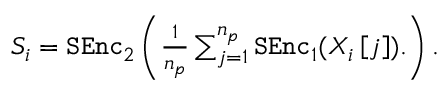
\begin{array} { r } { S _ { i } = \mathtt { S E n c } _ { 2 } \left( \frac { 1 } { n _ { p } } \sum _ { j = 1 } ^ { n _ { p } } \mathtt { S E n c } _ { 1 } ( X _ { i } \left[ j \right] ) . \right) . } \end{array}